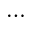
\dots